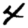
Digit: 4